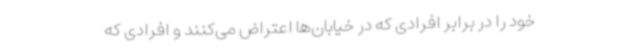
خود را در برابر افرادی که در خیابان‌ها اعتراض می‌کنند و افرادی که